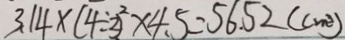
3 . 1 4 \times ( 4 \div 2 ) ^ { 2 } \times 4 . 5 = 5 6 . 5 2 ( c m ^ { 3 } )